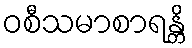
ဝစီသမာစာရန္တိ